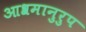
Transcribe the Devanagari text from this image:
आश्रमानुरुप